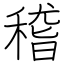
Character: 稽